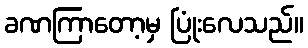
ခဏကြာတော့မှ ပြုံးလေသည်။